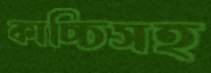
কাচ্চিসহ